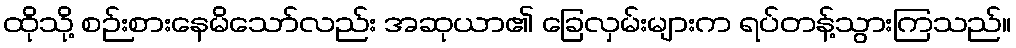
ထိုသို့ စဉ်းစားနေမိသော်လည်း အဆုယာ၏ ခြေလှမ်းများက ရပ်တန့်သွားကြသည်။